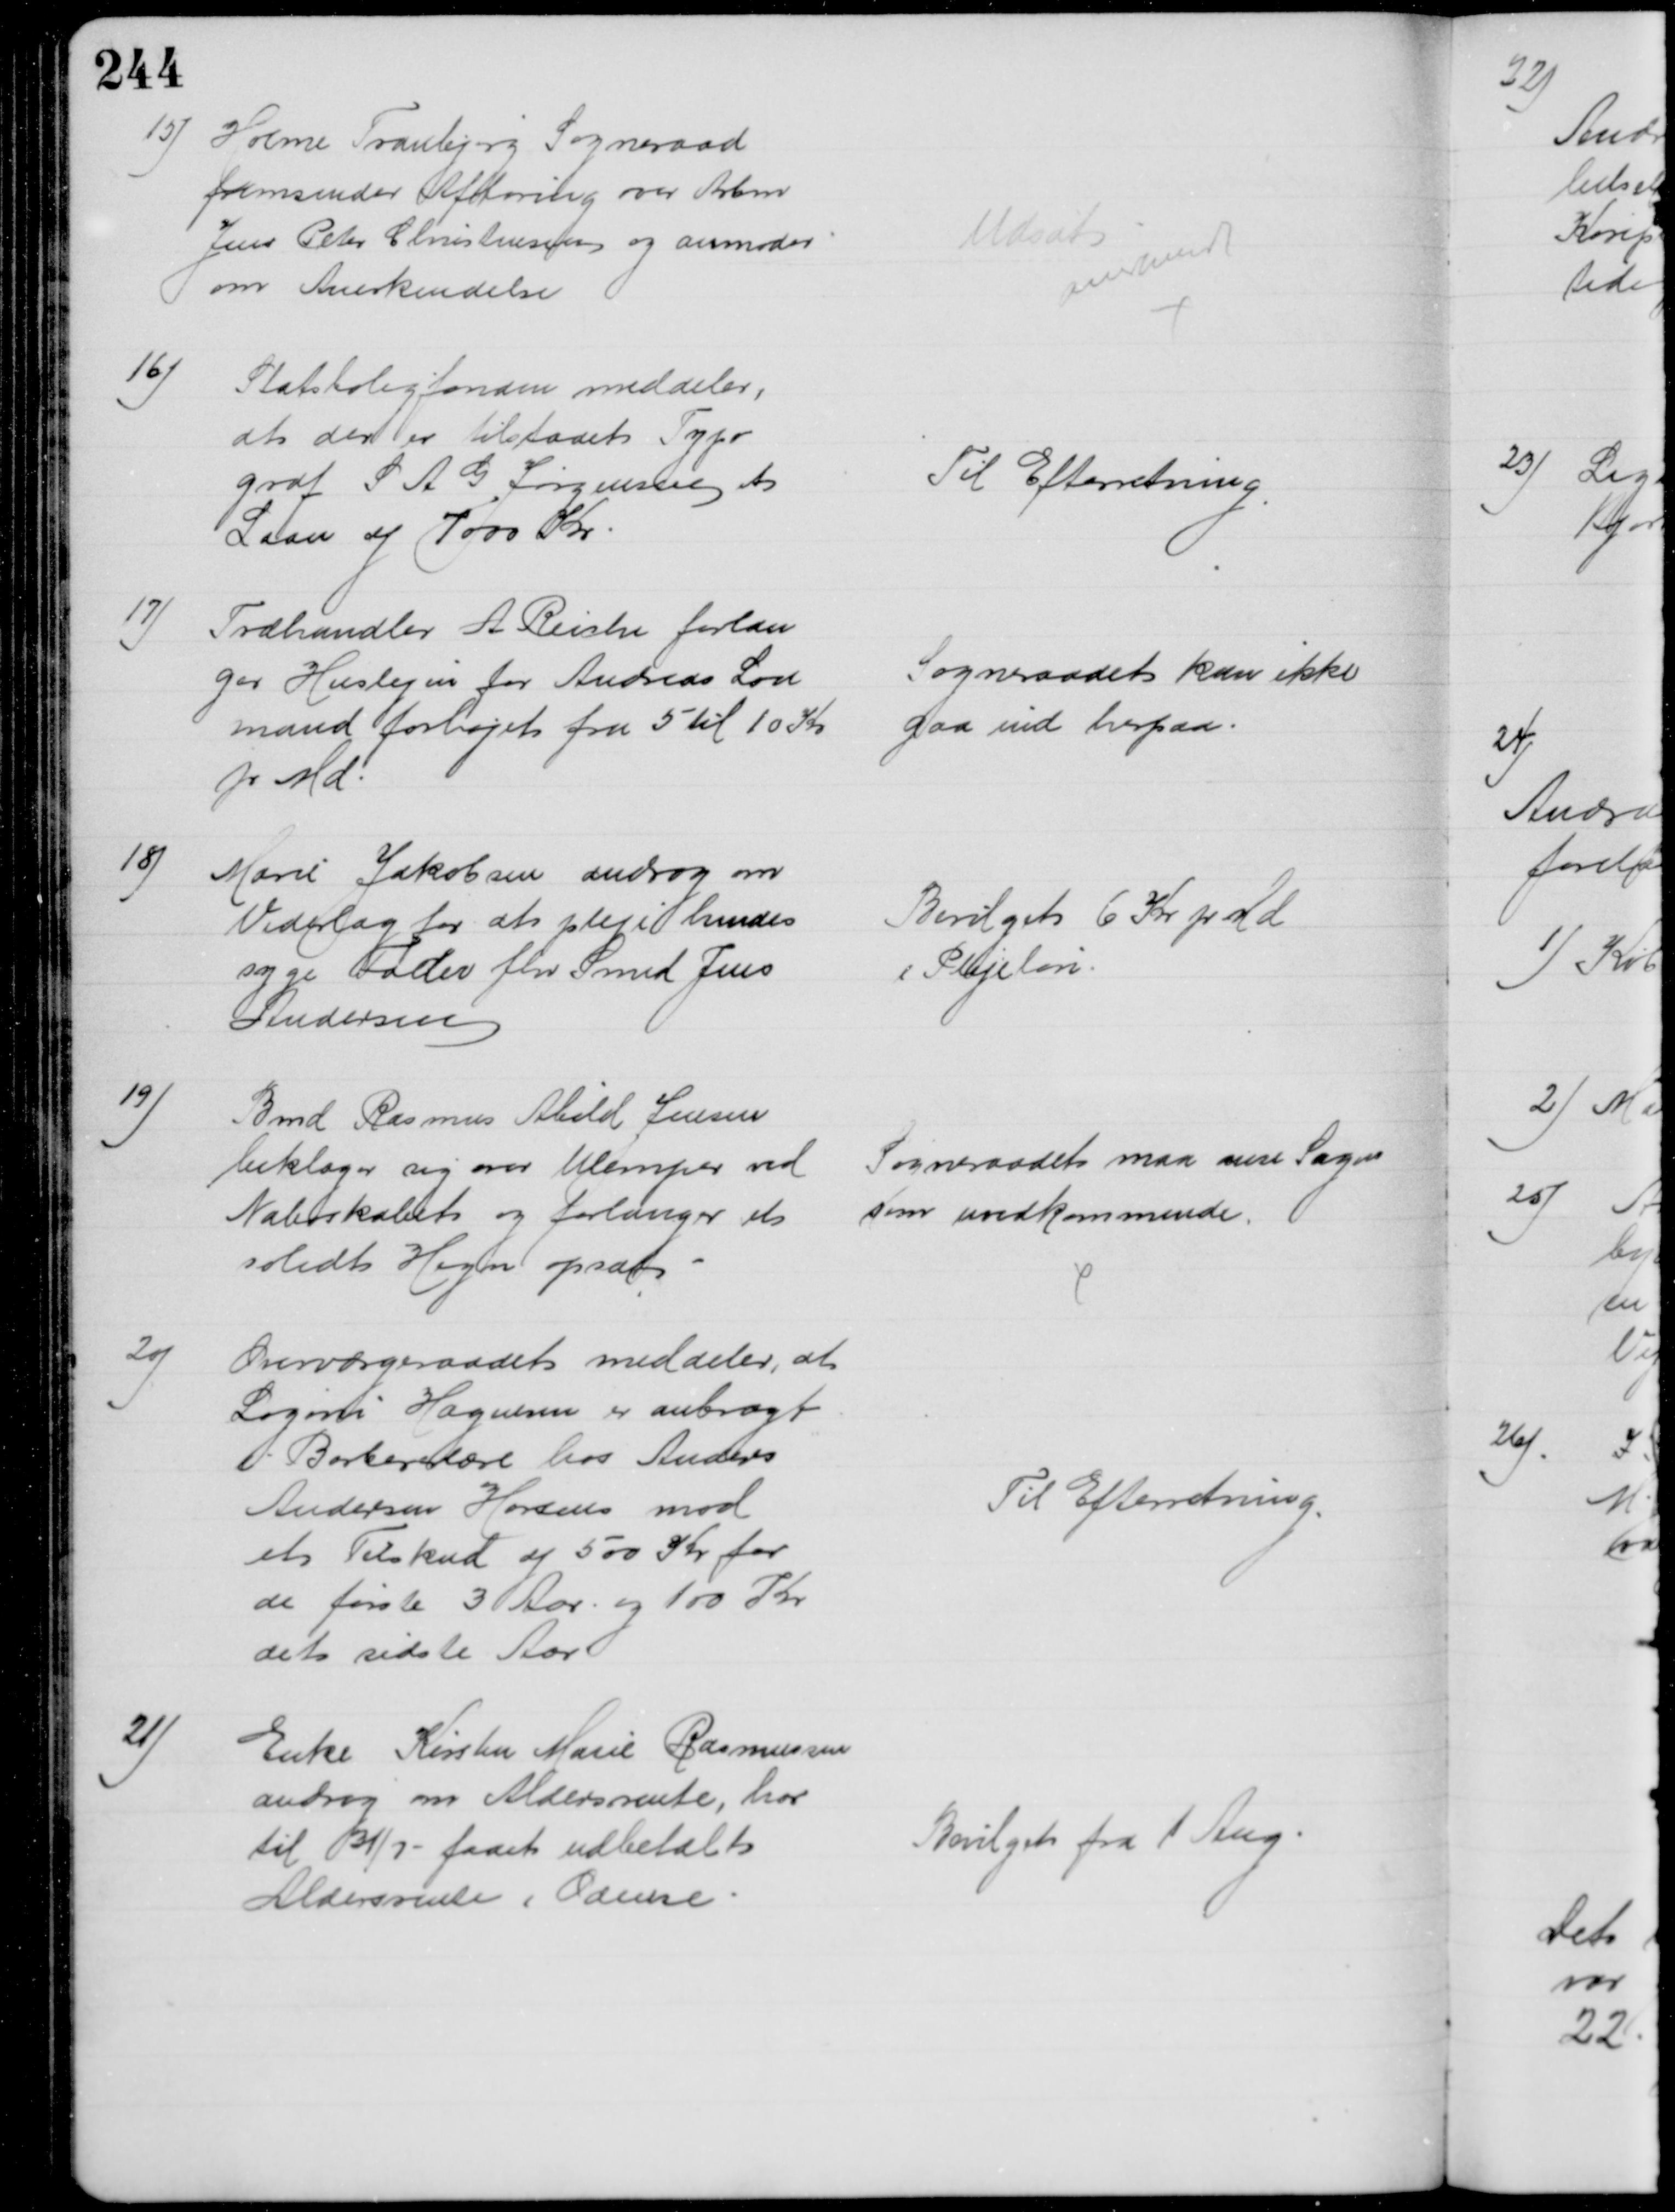
Transskription:
15)
Holme Tranbjerg Sogneraad
fremsender Afhøring over Arbm
Jens Peter Christensen og anmoder 
om Anerkendelse
Udsat
anerkendt
16)
Statsboligfonden meddeler,
at der er tilstaaet Typo
graf S A G Jørgensen et
Laan af 7000 Kr
Til Efterretning
17)
Træhandler A Reiche forlan
ger Huslejen for Andreas Lov
mand forhøjet fra 5 til 10 Kr
pr Md
Sogneraadet kan ikke
gaa ind herpaa.
18)
Marie Jakobsen androg om
Vederlag for at pleje hendes
syge Fader fhv Smed Jens
Andersen
Bevilget 6 Kr pr Md
i Plejeløn.
19)
Bmd Rasmus Abild Jensen
beklager sig over Ulemper ved
Naboskabet og forlanger et
solidt Hegn opsat
Sogneraadet maa anse Sagen
som uvedkommende.
20)
Overværgeraadet meddeler, at 
Lagoni Hagensen er anbragt
i Barbererlære hos Anders
Andersen Horsens mod
et Tilskud af 500 Kr for
de første 3 Aar og 100 Kr
det sidste Aar
Til Efterretning
21)
Enke Kirsten Marie Rasmussen
androg om Aldersrente, har 
til 31/7 - faaet udbetalt
Aldersrente i Odense.
Bevilget fra 1 Aug